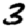
Digit: 3